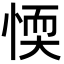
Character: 愞